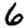
Digit: 6